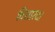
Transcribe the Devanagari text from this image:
विशारद।